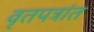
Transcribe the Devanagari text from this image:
वृतपत्रांत